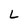
Character: L